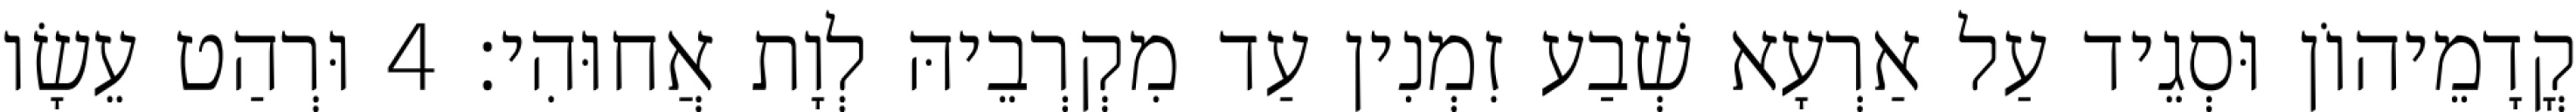
קֳדָמֵיהוֹן וּסְגֵיד עַל אַרְעָא שְׁבַע זִמְנִין עַד מִקְרְבֵיהּ לְוָת אֲחוּהִי׃ 4 וּרְהַט עֵשָׂו